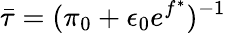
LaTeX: \bar{\tau}=(\pi_{0}+\epsilon_{0}e^{f^{\ast}})^{-1}